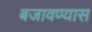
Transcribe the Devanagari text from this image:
बजावण्यास